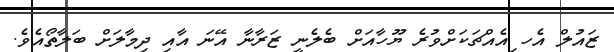
ޒައުލް އެހ ިއެއްޗަކަށްވުރެ ޔޫހާއަށް ބެލެނީ ޒަރާނާ އޭނަ އާއި ދިމާލަށް ބަލާތޯއެވެ.